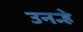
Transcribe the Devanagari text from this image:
उनन्हे